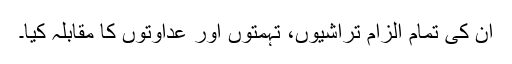
ان کی تمام الزام تراشیوں، تہمتوں اور عداوتوں کا مقابلہ کیا۔